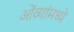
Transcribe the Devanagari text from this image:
ओंव्यांमध्यें